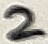
Text: 2